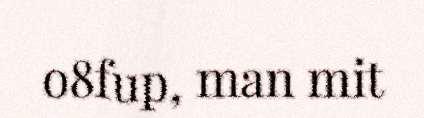
o8fup, man mit